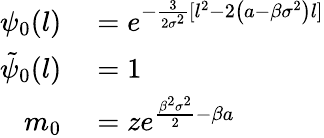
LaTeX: \begin{array}{rl}{\psi_{0}(l)}&{{}=e^{-\frac{3}{2\sigma^{2}}[l^{2}-2\left(a-\beta\sigma^{2}\right)l]}}\\ {\tilde{\psi}_{0}(l)}&{{}=1}\\ {m_{0}}&{{}=ze^{\frac{\beta^{2}\sigma^{2}}{2}-\beta a}}\end{array}